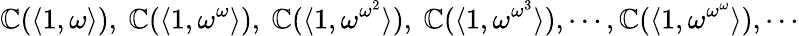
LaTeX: \mathbb{C}(\langle1,\omega\rangle),\ \mathbb{C}(\langle1,\omega^{\omega}\rangle),\ \mathbb{C}(\langle1,\omega^{\omega^{2}}\rangle),\ \mathbb{C}(\langle1,\omega^{\omega^{3}}\rangle),\cdots,\mathbb{C}(\langle1,\omega^{\omega^{\omega}}\rangle),\cdots